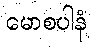
မောစပါနံ